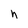
Character: h